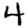
Digit: 4